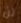
لن